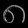
Digit: ၈